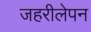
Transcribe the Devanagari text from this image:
जहरीलेपन